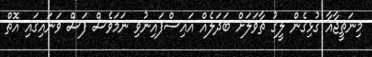
މިނަތީޖާއާ ގުޅިގެން ލީގު ތާވަލަށް ބަދަލެއް އައިސްފައިނުވި ނަމަވެސް ފަސް ވަނައިގައި އޮތް